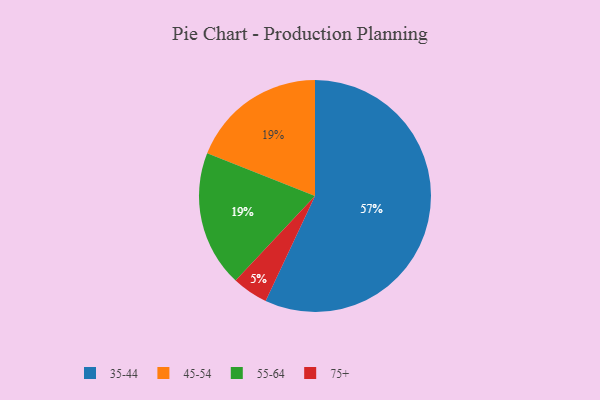
{"axis": {"x": "Category", "y": "Percentage"}, "legend": ["35-44", "45-54", "55-64", "75+"], "data": [{"x": "45-54", "y": 19, "type": "45-54"}, {"x": "55-64", "y": 19, "type": "55-64"}, {"x": "35-44", "y": 57, "type": "35-44"}, {"x": "75+", "y": 5, "type": "75+"}]}